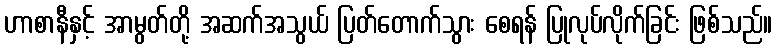
ဟာစာနီနှင့် အာမွတ်တို့ အဆက်အသွယ် ပြတ်တောက်သွား စေရန် ပြုလုပ်လိုက်ခြင်း ဖြစ်သည်။